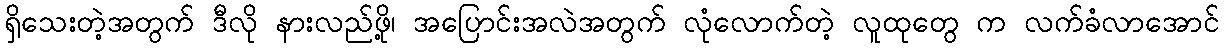
ရှိသေးတဲ့အတွက် ဒီလို နားလည်ဖို့၊ အပြောင်းအလဲအတွက် လုံလောက်တဲ့ လူထုတွေ က လက်ခံလာအောင်